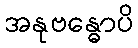
အနုဗန္ဓောပိ